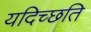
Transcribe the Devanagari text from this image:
यदिच्छति